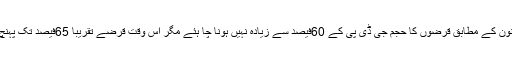
موجودہ قانون کے مطابق قرضوں کا حجم جی ڈی پی کے 60فیصد سے زیادہ نہیں ہونا چا ہئے مگر اس وقت قرضے تقریباً 65فیصد تک پہنچ گئے ہیں۔